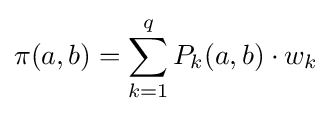
\pi (a,b)=\displaystyle \sum _{k=1}^{q}P_{k}(a,b)\cdot w_{k}